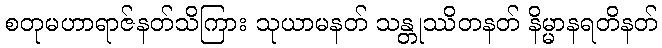
စတုမဟာရာဇ်နတ်သိကြား သုယာမနတ် သန္တုဿိတနတ် နိမ္မာနရတိနတ်